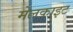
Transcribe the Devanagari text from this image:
मेलकाइट